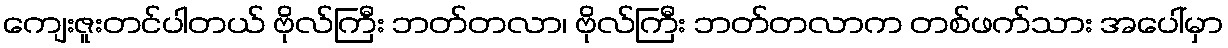
ကျေးဇူးတင်ပါတယ် ဗိုလ်ကြီး ဘတ်တလာ၊ ဗိုလ်ကြီး ဘတ်တလာက တစ်ဖက်သား အပေါ်မှာ